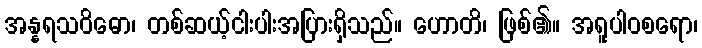
အန္နရသဝိဓော၊ တစ်ဆယ့်ငါးပါးအပြားရှိသည်။ ဟောတိ၊ ဖြစ်၏။ အရူပါဝစရော၊